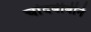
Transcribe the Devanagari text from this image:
चांदबीबीने